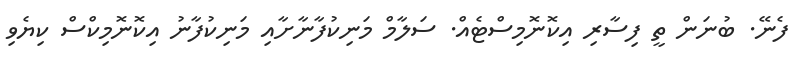
ފެނޭ. ބުނަން ތީ ފިސާރި އިކޮނޮމިސްޓެއް. ސަލާމް މަނިކުފާނާށާއި މަނިކުފާނު އިކޮނޮމިކްސް ކިޔެވި